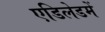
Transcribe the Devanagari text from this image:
एडिलेडमें